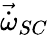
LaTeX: \vec{\dot{\omega}}_{SC}